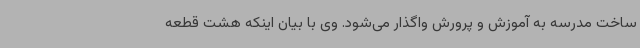
ساخت مدرسه به آموزش و پرورش واگذار می‌شود. وی با بیان اینکه هشت قطعه